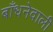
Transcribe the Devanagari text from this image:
बाँधनेवाली